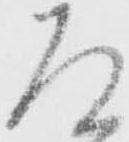
道